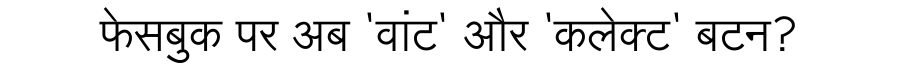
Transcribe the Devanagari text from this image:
फेसबुक पर अब 'वांट' और 'कलेक्ट' बटन?